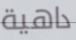
داهية